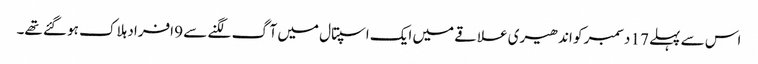
اس سے پہلے 17 دسمبر کو اندھیری علاقے میں ایک اسپتال میں آگ لگنے سے 9 افراد ہلاک ہو گئے تھے۔